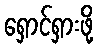
ရှောင်ရှားဖို့